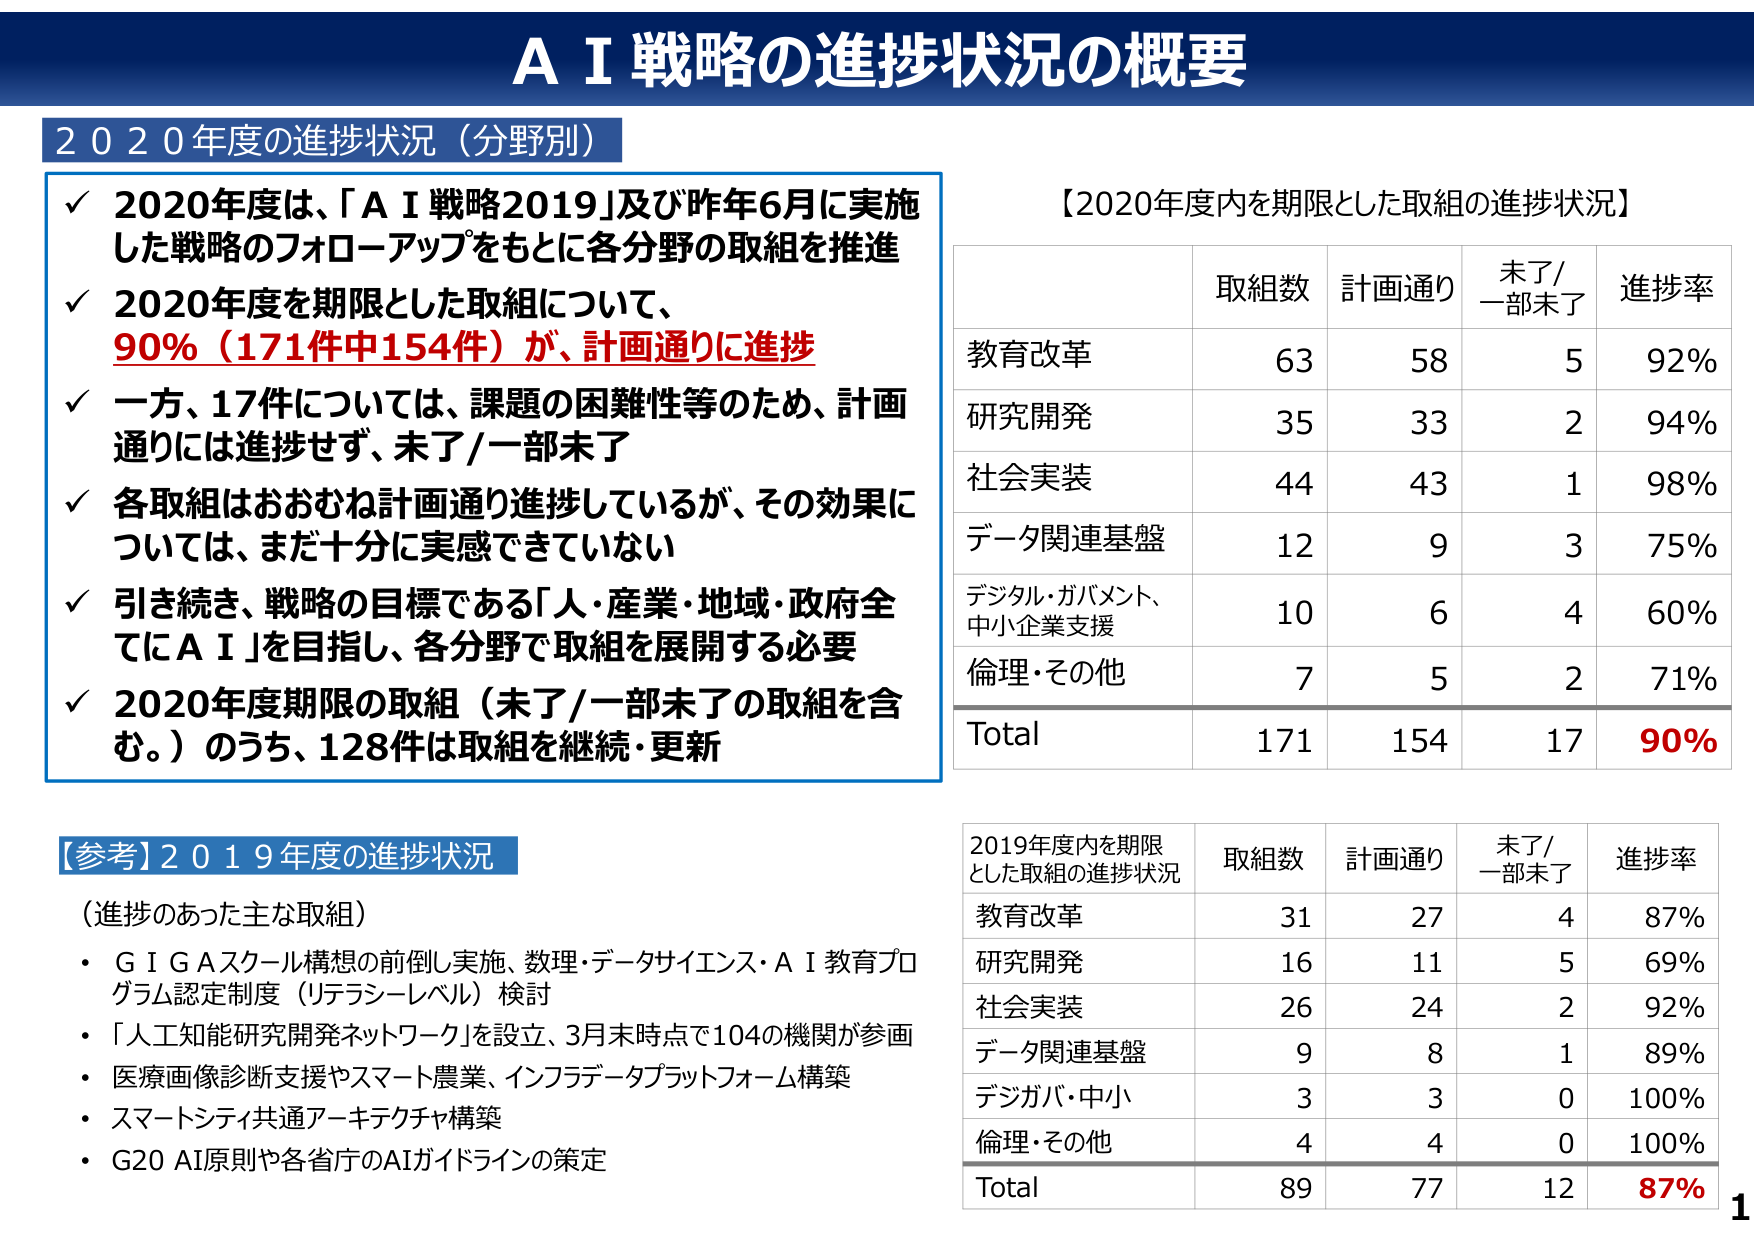
ＡＩ戦略の進捗状況の概要

２０２０年度の進捗状況（分野別）

✓ 2020年度は、「ＡＩ戦略2019」及び昨年6月に実施した戦略のフォローアップをもとに各分野の取組を推進
✓ 2020年度を期限とした取組について、90%（171件中154件）が、計画通りに進捗
✓ 一方、17件については、課題の困難性等のため、計画通りには進捗せず、未了/一部未了
✓ 各取組はおおむね計画通り進捗しているが、その効果については、まだ十分に実感できていない
✓ 引き続き、戦略の目標である「人・産業・地域・政府全てにＡＩ」を目指し、各分野で取組を展開する必要
✓ 2020年度期限の取組（未了/一部未了の取組を含む。）のうち、128件は取組を継続・更新

【2020年度内を期限とした取組の進捗状況】

| | 取組数 | 計画通り | 未了/一部未了 | 進捗率 |
|---|---|---|---|---|
| 教育改革 | 63 | 58 | 5 | 92% |
| 研究開発 | 35 | 33 | 2 | 94% |
| 社会実装 | 44 | 43 | 1 | 98% |
| データ関連基盤 | 12 | 9 | 3 | 75% |
| デジタル・ガバメント、中小企業支援 | 10 | 6 | 4 | 60% |
| 倫理・その他 | 7 | 5 | 2 | 71% |
| Total | 171 | 154 | 17 | 90% |

【参考】2019年度の進捗状況

（進捗のあった主な取組）
・ＧＩＧＡスクール構想の前倒し実施、数理・データサイエンス・ＡＩ教育プログラム認定制度（リテラシーレベル）検討
・「人工知能研究開発ネットワーク」を設立、3月末時点で104の機関が参画
・医療画像診断支援やスマート農業、インフラデータプラットフォーム構築
・スマートシティ共通アーキテクチャ構築
・G20 AI原則や各省庁のAIガイドラインの策定

2019年度内を期限とした取組の進捗状況

| | 取組数 | 計画通り | 未了/一部未了 | 進捗率 |
|---|---|---|---|---|
| 教育改革 | 31 | 27 | 4 | 87% |
| 研究開発 | 16 | 11 | 5 | 69% |
| 社会実装 | 26 | 24 | 2 | 92% |
| データ関連基盤 | 9 | 8 | 1 | 89% |
| デジガバ・中小 | 3 | 3 | 0 | 100% |
| 倫理・その他 | 4 | 4 | 0 | 100% |
| Total | 89 | 77 | 12 | 87% |

1